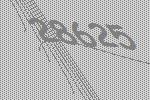
28625